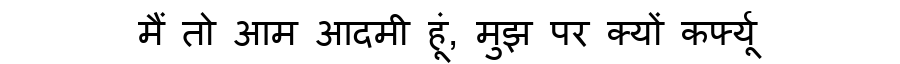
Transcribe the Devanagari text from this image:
मैं तो आम आदमी हूं, मुझ पर क्यों कर्फ्यू